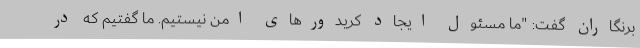
برنگاران گفت: "ما مسئول ایجاد کریدورهای امن نیستیم. ما گفتیم که در